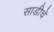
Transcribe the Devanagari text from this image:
साडीचे